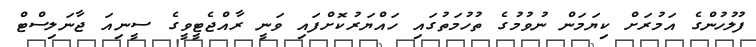
ފުލުހުންގެ އަމުރަށް ކިޔަމަން ނުވުމުގެ ތުހުމަތުގައި ހައްޔަރުކޮށްފައި ވަނީ ރާއްޖެޓީވީގެ ސީނިއަ ޖާނަލިސްޓް